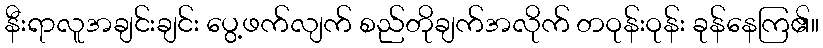
နီးရာလူအချင်းချင်း ပွေ့ဖက်လျက် စည်တိုချက်အလိုက် တဝုန်းဝုန်း ခုန်နေကြ၏။